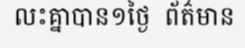
លះគ្នាបាន១ថ្ងៃ  ព័ត៌មាន